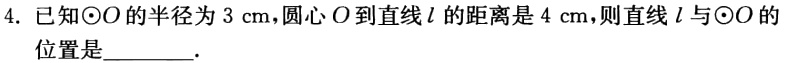
4. 已知$\odot O$的半径为$3\mathrm{cm}$，圆心$O$到直线$l$的距离是$4\mathrm{cm}$，则直线$l$与$\odot O$的位置是________.